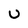
Character: U